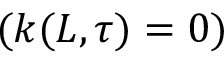
( k ( L , \tau ) = 0 )